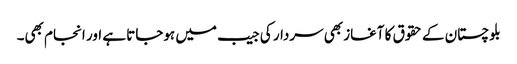
بلوچستان کے حقوق کا آغاز بھی سردار کی جیب میں ہوجاتا ہے اور انجام بھی۔